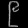
Digit: ၉